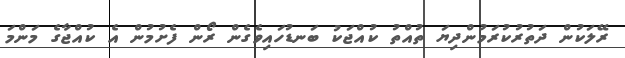
ރޭލަކުން ދަތުރުކުރަމުންދިޔަ ތުއްތު ކުއްޖަކު ބަނޑުހައިވެގެން ރޯން ފެށުމުން އެ ކުއްޖާގެ މަންމަ